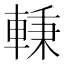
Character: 𰹖